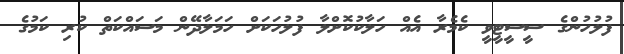
ފުލުހުންގެ ސީސީޓީވީ ކެމެރާ އެއް ހަލާކުކޮށްލާ ފުލުހަކަށް ހަމަލާދޭން މަސައްކަތް ކުރި ކަމުގެ